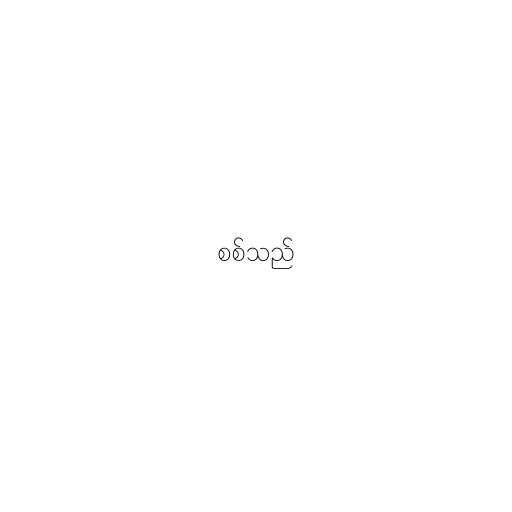
စစ်သည်